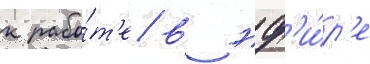
к рабо́т'е в эф'и́р'е